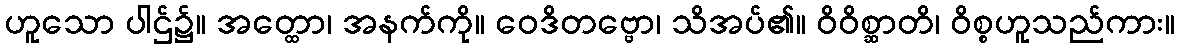
ဟူသော ပါဌ်၌။ အတ္ထော၊ အနက်ကို။ ဝေဒိတဗ္ဗော၊ သိအပ်၏။ ဝိဝိစ္ဆာတိ၊ ဝိစ္စဟူသည်ကား။